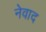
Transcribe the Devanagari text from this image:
नेवाद